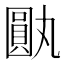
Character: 𪢰